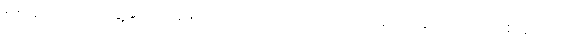
စစ်ဆေးရေးအဖွဲ့နှင့် တွေရှိသလို ကိုက်ခဲသည့် ဘဝအခြေ ဩောင်း တစ်နှစ်ကြာမှ